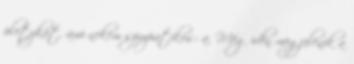
pletykát, ami nekem szimpatikus: a. Még idén megjelenik a